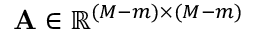
\mathbf { A } \in \mathbb { R } ^ { ( M - m ) \times ( M - m ) }